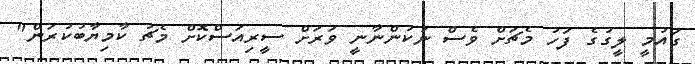
ގައުމީ ލީގުގެ ފަހު މެޗަށް ވެސް ނުކުންނާނީ ވަރަށް ސީރިއަސްކޮށް މެޗު ކާމިޔާބުކުރަން"